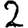
Digit: 2